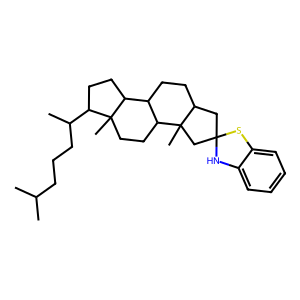
SMILES: CC(C)CCCC(C)C1CCC2C3CCC4CC5(CC4(C)C3CCC12C)Nc1ccccc1S5
Inhibits HIV replication: No